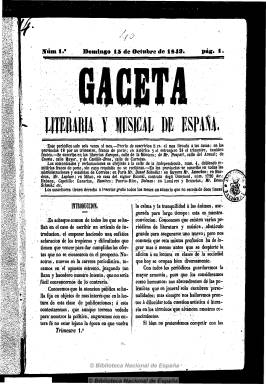
Título: Gaceta literaria y musical de España
Colección: Música || Literatura
Ámbito geográfico: Madrid
Lugar de publicación: Madrid
Fechas: 15/10/1843-24/02/1844

Estructurada en secciones, publica artículos de fondo sobre música y otros costumbristas, así como crónicas nacionales y extranjeras también sobre música y textos de creación literaria (poesías, baladas, etc.), anécdotas, folletines y anuncios. Publicó asimismo una interesante historia de la música, y tuvo cierto carácter patriótico. Insertó también algunos grabados. Entre sus firmas aparece la de García de Torres, que quizá fue su director, y la de José María de Albuerne, así como los seudónimos Aben-Zaide y El Desconocido.

Su colección forma un tomo, desde el 15 de octubre de 1843 al 24 de febrero de 1844, con 28 números, de ocho páginas cada uno, y un total de 224 páginas. Apareció seis veces al mes, primero estampada en el Establecimiento Tipográfico de la calle de la Independencia y después en imprenta propia.

A partir de su número 13, de tres de enero de 1844, cambia su título: Gaceta musical y literaria de España. Y en el número siguiente, de seis de enero, se funde con ella La filarmonía.